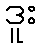
ဒူး